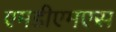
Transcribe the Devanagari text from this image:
एमडीएमएस